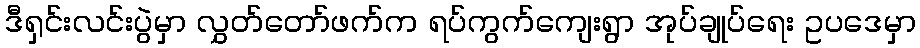
ဒီရှင်းလင်းပွဲမှာ လွှတ်တော်ဖက်က ရပ်ကွက်ကျေးရွာ အုပ်ချုပ်ရေး ဥပဒေမှာ